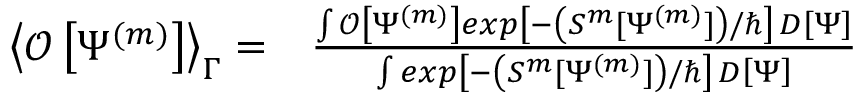
\begin{array} { r l } { \left< \mathcal O \left[ \Psi ^ { ( m ) } \right] \right> _ { \Gamma } = } & { { } \frac { \int \mathcal O \left[ \Psi ^ { ( m ) } \right] e x p \left[ - \left( S ^ { m } [ \Psi ^ { ( m ) } ] \right) / \hbar \right] \, D \left[ \Psi \right] } { \int e x p \left[ - \left( S ^ { m } [ \Psi ^ { ( m ) } ] \right) / \hbar \right] \, D \left[ \Psi \right] } } \end{array}